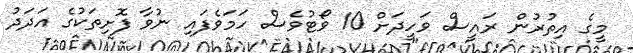
މީގެ އިތުރުން ރައީސް ވަހީދަށް 10 ވޯޓުވެސް ހަމަވެފައި ނުވާ ފޮށިތަކުގެ އަދަދު